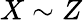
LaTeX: X\sim Z